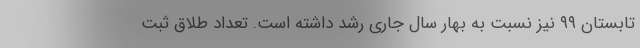
تابستان ۹۹ نیز نسبت به بهار سال جاری رشد داشته است. تعداد طلاق ثبت